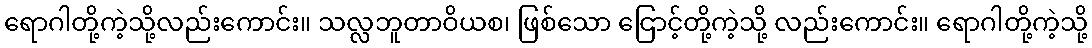
ရောဂါတို့ကဲ့သို့လည်းကောင်း။ သလ္လဘူတာဝိယစ၊ ဖြစ်သော ငြောင့်တို့ကဲ့သို့ လည်းကောင်း။ ရောဂါတို့ကဲ့သို့